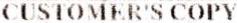
CUSTOMER'S COPY